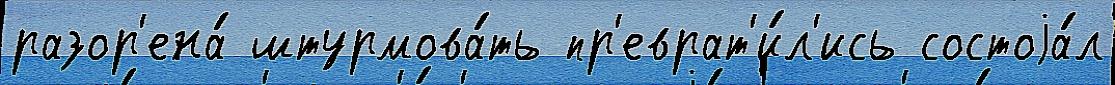
разор'ена́ штурмова́ть пр'еврат'и́л'ись состоjа́л